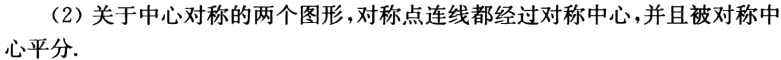
（2）关于中心对称的两个图形，对称点连线都经过对称中心，并且被对称中心平分.